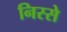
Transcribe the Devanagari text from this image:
निस्से